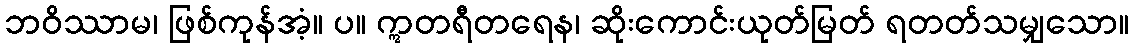
ဘဝိဿာမ၊ ဖြစ်ကုန်အံ့။ ပ။ ဣတရီတရေန၊ ဆိုးကောင်းယုတ်မြတ် ရတတ်သမျှသော။